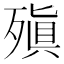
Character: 𪵆